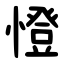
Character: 憕